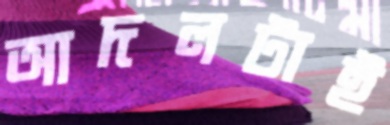
আদলটাই